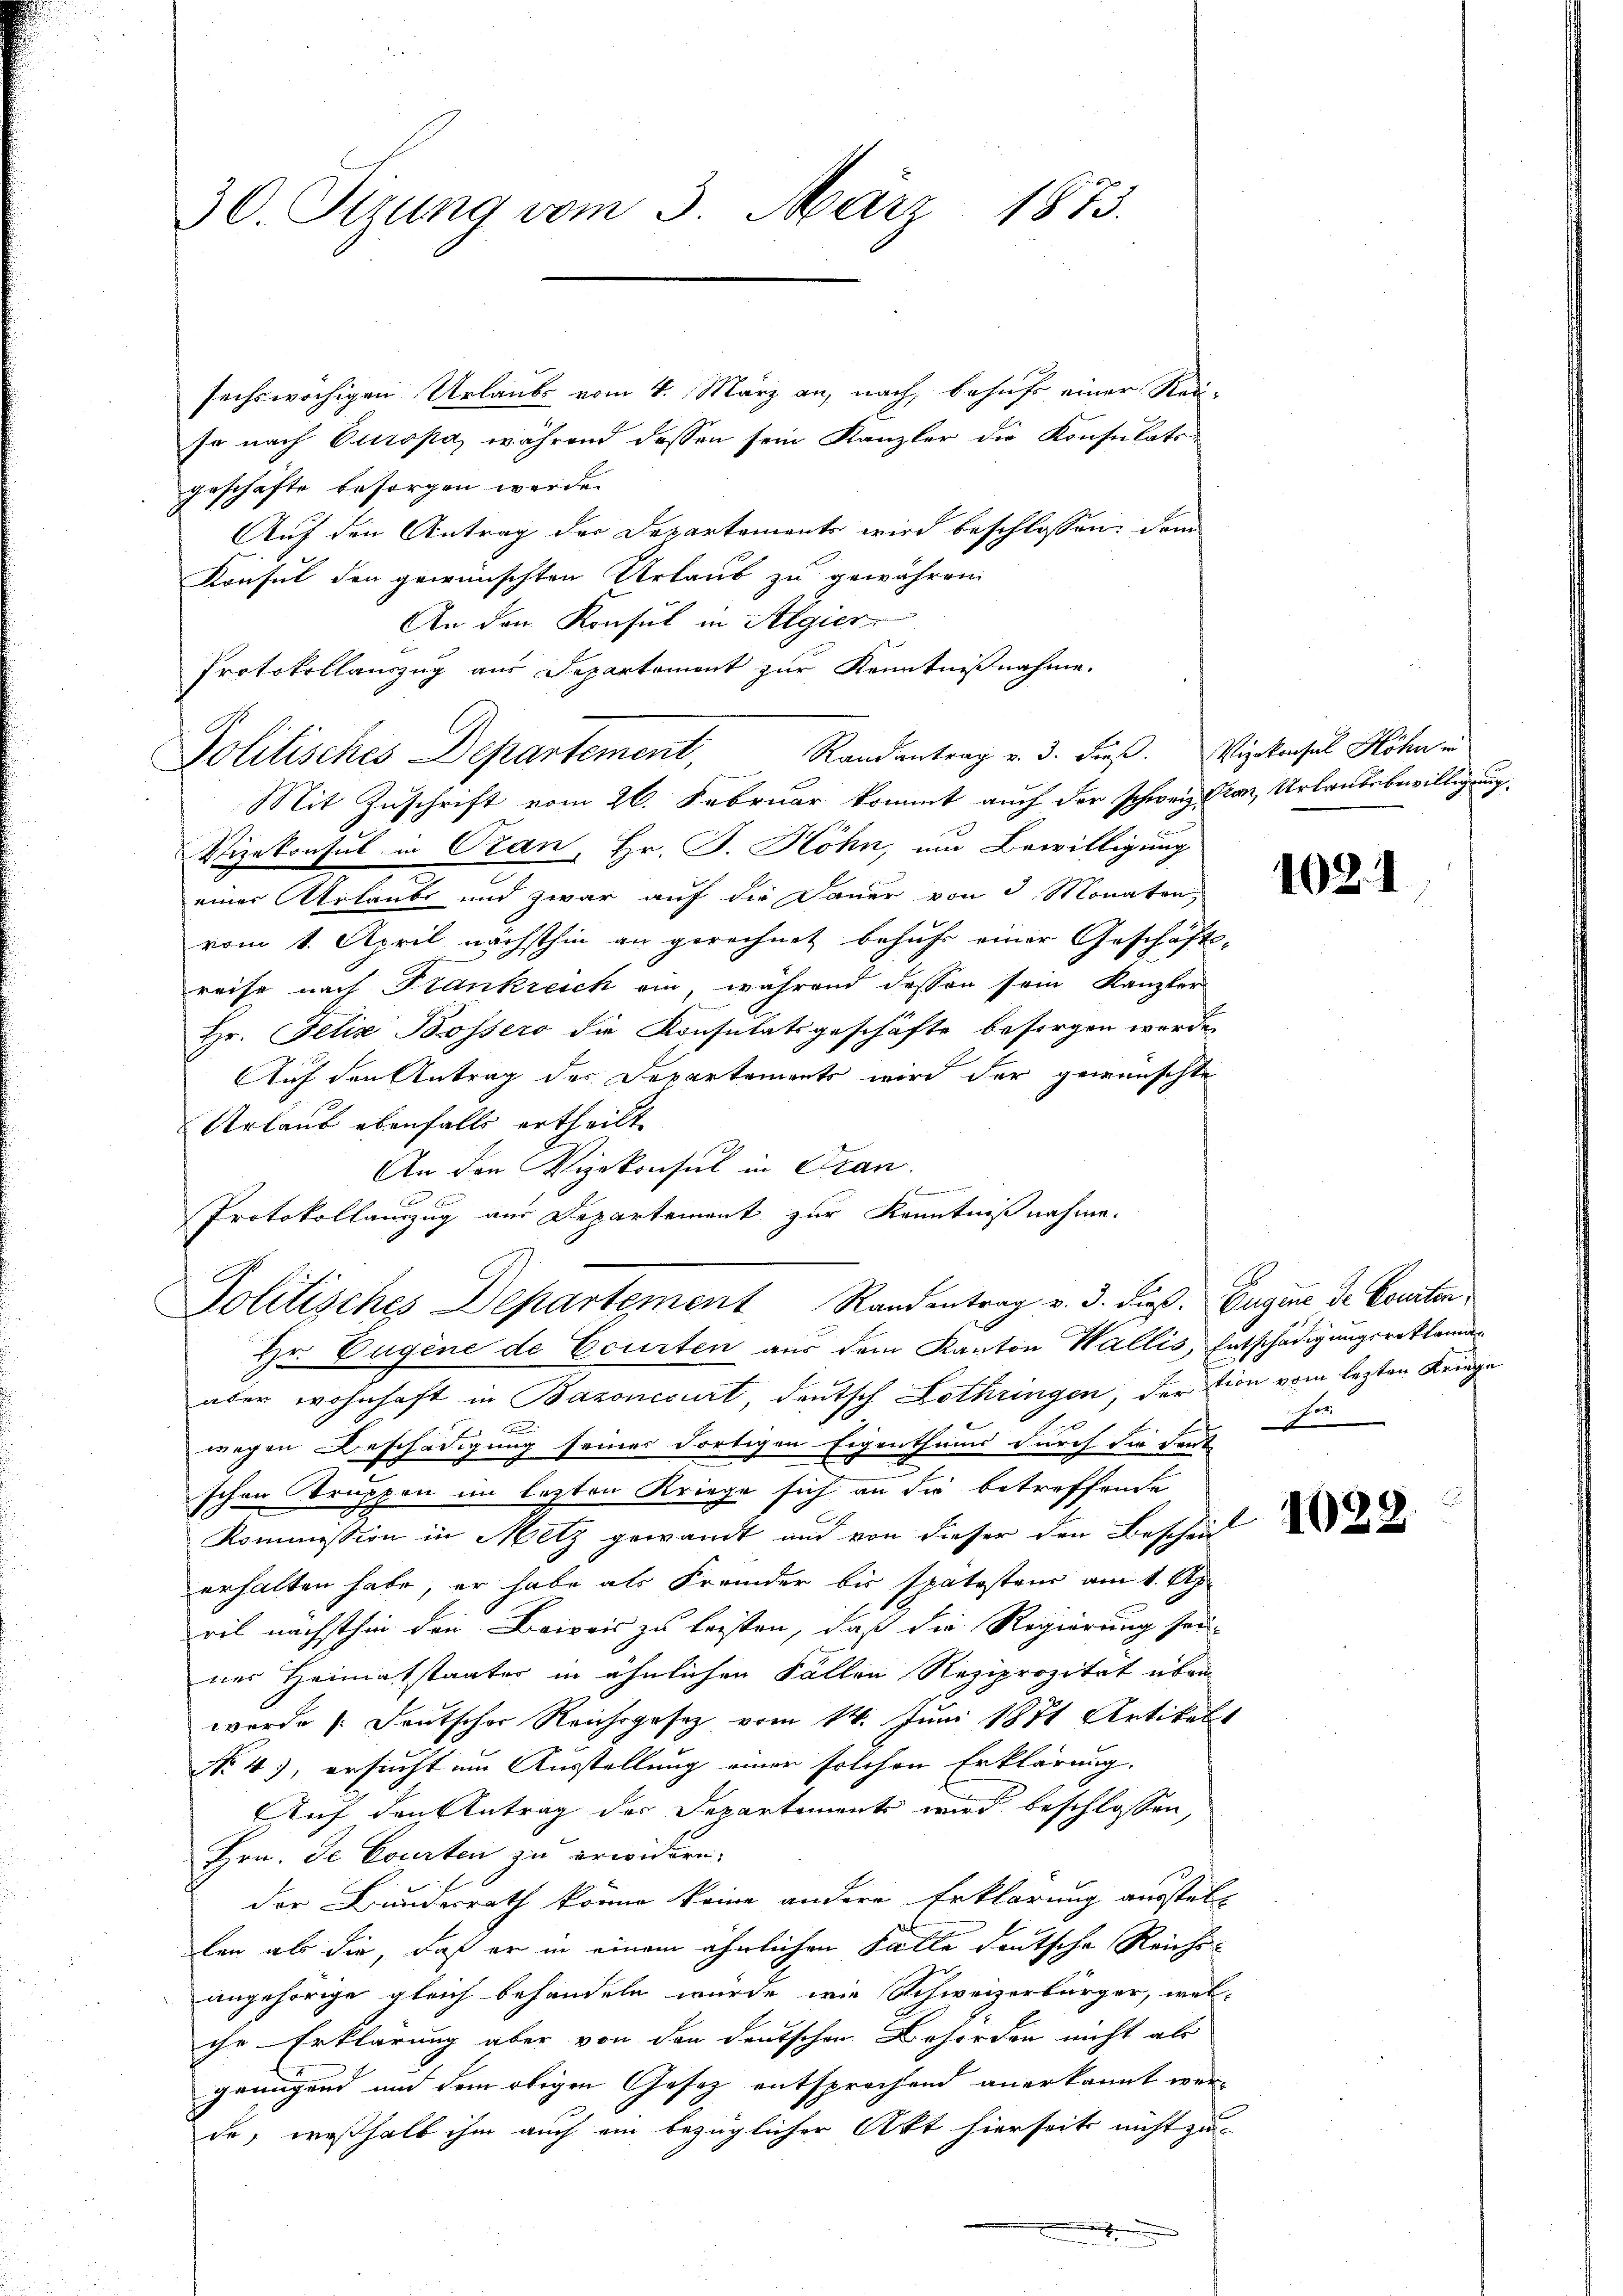
30. Stzung vom 3. März 1873.

sechswöchigen Urlaubs vom 4. März an, nach, behufs einer Reise nach Europa während dessen sein Kanzler die Konsulatsgeschäfte besorgen werde.
Auf den Antrag der Departements wird beschlossen: dem
Konsul den gewünschten Urlaub zu gewähren
An den Konsul in Algier
Protokollauszug aus Departement zur Kenntnißnahme.
Mit Zuschrift vom 26. Februar kommt auch der schweiz an, Urlaubsbewilligung
Vizekonsul in Oran, Hr. J. Höhn, um Bewilligung
einer Urlaube und zwar auf die Dauer von 3 Monaten,
vom 1. April nächsthin an gerechnet behufs einer Geschäftsreise nach Frankreich ein, während dessen sein Kanzler
Hr. Felix Bossero die Konsulatsgeschäfte besorgen werde.
Auf den Antrag des Departements wird der gewünschte
Urlaub ebenfalls ertheilt
An den Vizekonsul in Tran.
werden werden
b
Protokollauszug aus Departement zur Kenntnißnahme.
Politisches Departement Randantrag v. 3. dieß. Eugine de Courten
Hr. Eugene de Ccurten aus dem Kanton Wallis, Entschädigungsreklamaaber wohnhaft in Bazoncourt, deutsch Lothringen, der tion vom lezten Kriege
d
x
wegen Beschädigung seiner dortigen Eigenthums durch die Deut
schen Truppen im lezten Kriege sich an die betreffende
Kommission in Metz gewandt und von dieser den Bescheit
erhalten habe, er habe als Fremder bis spätestens am 1. Apr
ril nächsthin den Baipois zu leisten, daß die Regierung sei-
ner Heimatstaates in ähnlichen Fällen Reziprozität über
werde Deutscher Reichsgesetz vom 14. Juni 1871 Artikelt
No 4), ersucht um Ausstellung einer solchen Erklärung.
Auf den Antrag der Departements wird beschlossen,
Hrn. De Courten zu erwidern.
der Bundesrath könne keine andere Erklärung ausstell
len als die, daß er in einem ähnlichen Fälle deutsche Reichs-
angehörige gleich behandeln würde, wie Schweizerbürger, wel-
ihr-Erklärung aber von den Deutschen Behörden nicht als
genügend und dem obigen Gesetz entsprochend anerkannt werde, weßhalb ihm auch ein bezüglicher Akt hierseits nicht zu
.

Politisches Departement, Randantrag v. 3. Fieß. Vizekonsul Höhen un

1021

Dir